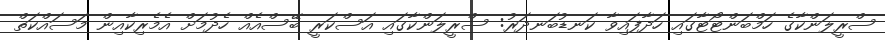
ސްރީލަންކާގެ ހަމްބަންޓޯޓާގައި ހަދާފައިވާ ކަނޑުބަނދަރު: ސްރީލަންކާގައި އަސްކަރީ ބޭސްއެއް ހެދުމަށް އެމެރިކާއިން މަސައްކަތް